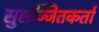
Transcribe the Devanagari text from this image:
सुसज्जितकर्ता